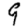
Digit: 9